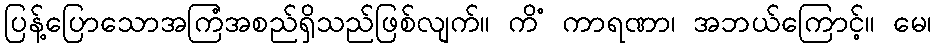
ပြန့်ပြောသောအကြံအစည်ရှိသည်ဖြစ်လျက်။ ကိံ ကာရဏာ၊ အဘယ်ကြောင့်။ မေ၊